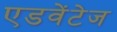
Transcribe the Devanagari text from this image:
एडवेंटेज